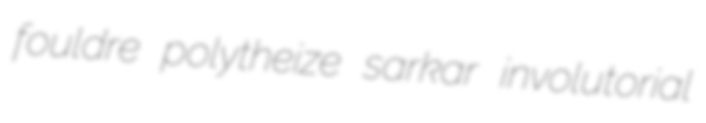
fouldre polytheize sarkar involutorial